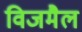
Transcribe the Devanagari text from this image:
विजमैल